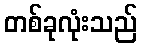
တစ်ခုလုံးသည်